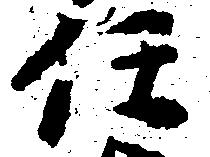
任